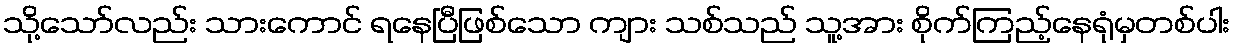
သို့သော်လည်း သားကောင် ရနေပြီဖြစ်သော ကျား သစ်သည် သူ့အား စိုက်ကြည့်နေရုံမှတစ်ပါး